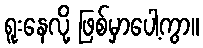
ရူးနေလို့ ဖြစ်မှာပေါ့ကွာ။